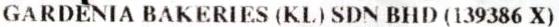
GARDENIA BAKERIES (KL) SDN BHD (139386 X)